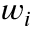
w _ { i }